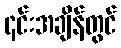
၎င်းအချိန်တွင်